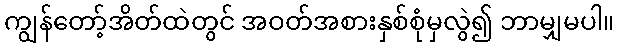
ကျွန်တော့်အိတ်ထဲတွင် အဝတ်အစားနှစ်စုံမှလွဲ၍ ဘာမျှမပါ။